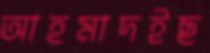
আহমাদইছ